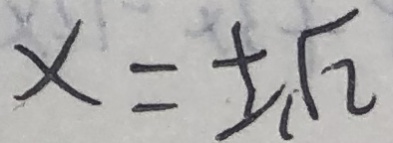
x = \pm \sqrt { 2 }